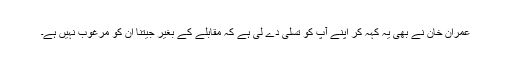
عمران خان نے بھی یہ کہہ کر اپنے آپ کو تسلی دے لی ہے کہ مقابلے کے بغیر جیتنا ان کو مرغوب نہیں ہے۔